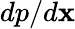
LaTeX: dp/d\mathbf{x}